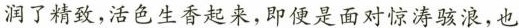
润了精致，活色生香起来，即便是而对惊涛骇浪，也